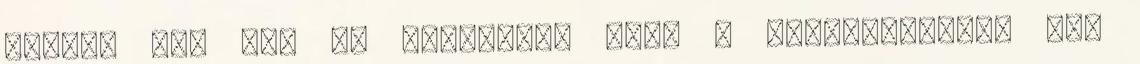
nélkül is. Azt is sajnálom, hogy a papírlexikont nem